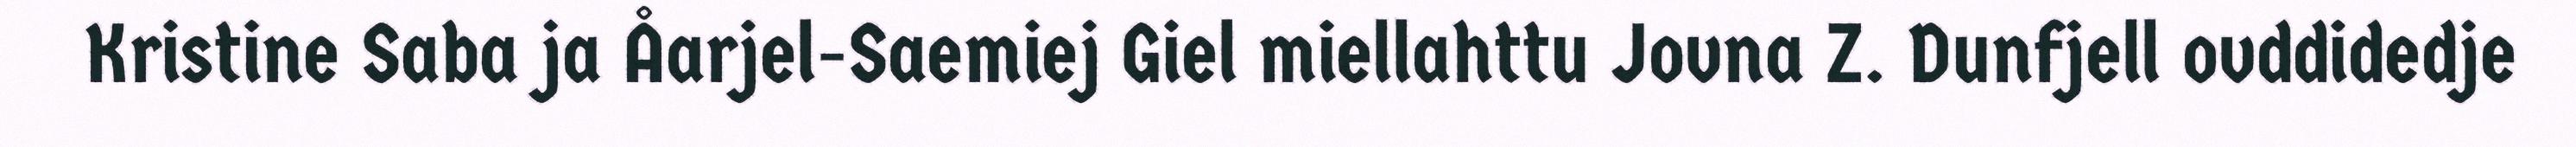
Kristine Saba ja Åarjel-Saemiej Giel miellahttu Jovna Z. Dunfjell ovddidedje